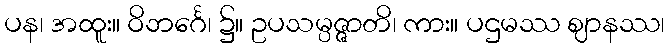
ပန၊ အထူး။ ဝိဘင်္ဂေ၊ ၌။ ဥပသမ္ပဇ္ဇာတိ၊ ကား။ ပဌမဿ ဈာနဿ၊